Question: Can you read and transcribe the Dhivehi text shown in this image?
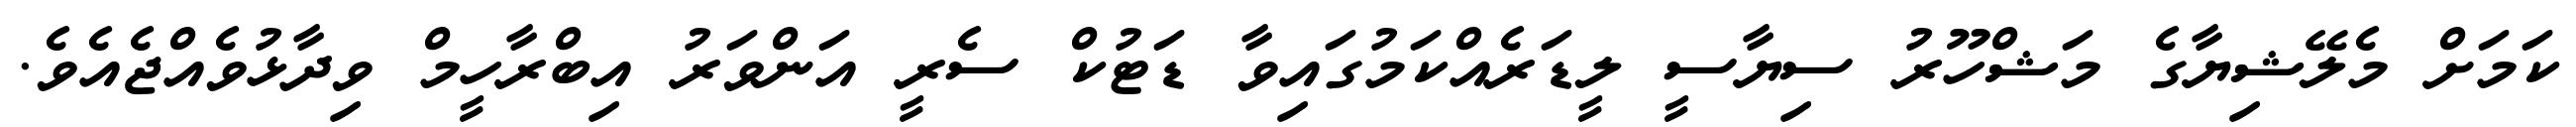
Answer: ކަމަށް މެލޭޝިޔާގެ މަޝްހޫރު ސިޔާސީ ލީޑަރެއްކަމުގައިވާ ޑަޓުކް ސެރީ އަންވަރު އިބްރާހީމް ވިދާޅުވެއްޖެއެވެ.